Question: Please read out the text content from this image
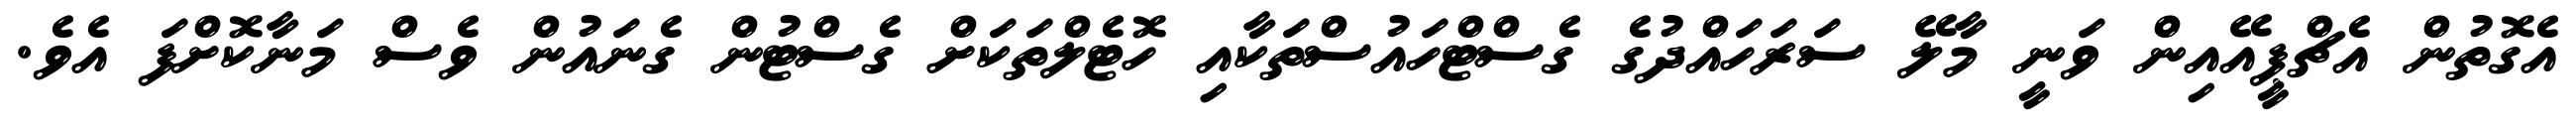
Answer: އެގޮތުން އެޗްޕީއޭއިން ވަނީ މާލޭ ސަރަހައްދުގެ ގެސްޓްހައުސްތަކާއި ހޮޓެލްތަކަށް ގެސްޓުން ގެނައުން ވެސް މަނާކޮށްފަ އެވެ.